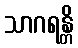
သာဂရန္တိ